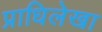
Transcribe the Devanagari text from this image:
प्राधिलेखा